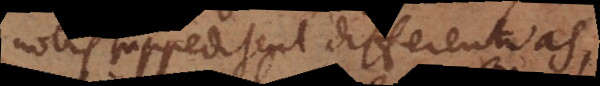
nobis suppeditent differentias,